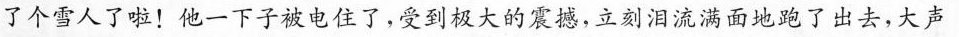
了个雪人了啦！他一下子被电住了，受到极大的震撼，立刻泪流满面地跑了出去，大声